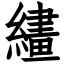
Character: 繣